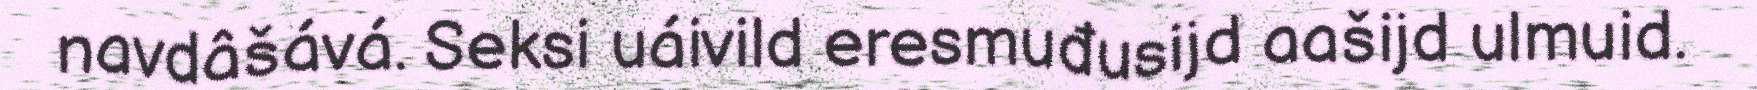
navdâšává. Seksi uáivild eresmuđusijd aašijd ulmuid.